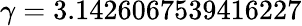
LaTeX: \gamma=3.1426067539416227